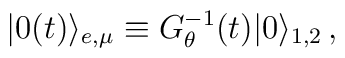
|0(t)\rangle_{e,\mu}\equiv G^{-1}_{\theta}(t)|0\rangle_{1,2}\,,